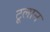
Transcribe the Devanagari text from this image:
टूलान